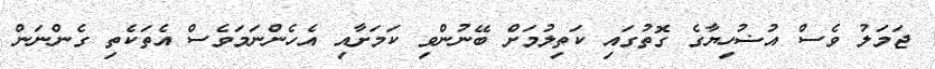
ޖަމަލު ވެސް އުޟުހިޔާގެ ގޮތުގައި ކަތިލުމަށް ބޭނުންވި ކަމަށާއި އެހެންނަމަވެސް އެތަކެތި ގެންނަން